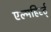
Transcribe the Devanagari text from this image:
एल्महिर्स्ट्